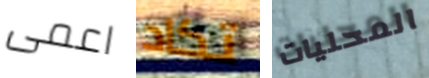
اعمى تكاد المحليات